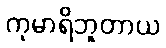
ကုမာရိဘူတာယ